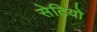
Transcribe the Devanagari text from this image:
सेटियो